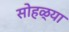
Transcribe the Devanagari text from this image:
सोहळ्या